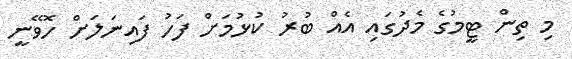
މި ތިން ޓީމުގެ މެދުގައި އެއް ބުރު ކުޅުމަށް ފަހު ފައިނަލަށް ހޮވޭނީ